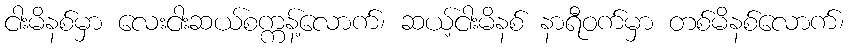
ငါးမိနစ်မှာ လေးငါးဆယ်စက္ကန့်လောက်၊ ဆယ့်ငါးမိနစ် နာရီဝက်မှာ တစ်မိနစ်လောက်၊